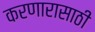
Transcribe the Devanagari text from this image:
करणारासाठी